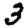
Digit: 3